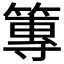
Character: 篿